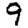
Digit: 9